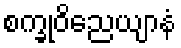
စက္ခုဝိညေယျာနံ